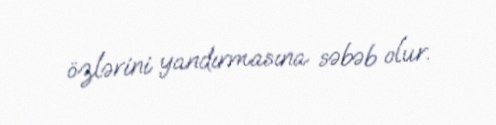
özlərini yandırmasına səbəb olur.